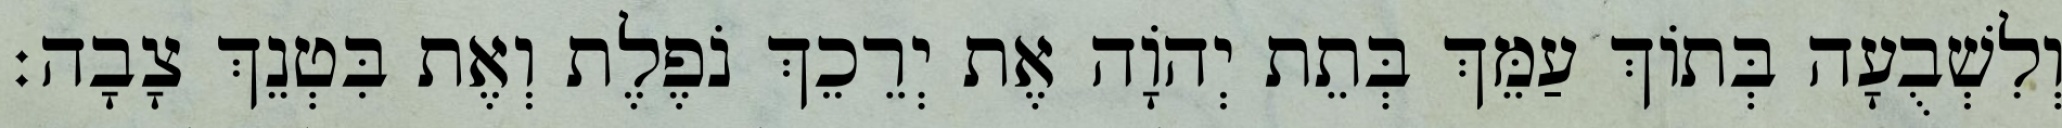
וְלִשְׁבֻעָה בְּתוֹךְ עַמֵּךְ בְּתֵת יְהוָֹה אֶת יְרֵכֵךְ נֹפֶלֶת וְאֶת בִּטְנֵךְ צָבָה׃